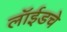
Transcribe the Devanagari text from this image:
लॉईडचे